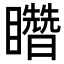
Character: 𥌳